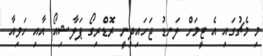
މި މެޗުގައި އެ ޓީމަށް ލަނޑު ޖަހައިދިނީ ރޮޑްރިގޯ ޕަލާޝިއޯ އާއި ހަވިއާ